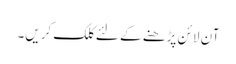
آن لائن پڑھنے کے لئے کلک کریں۔